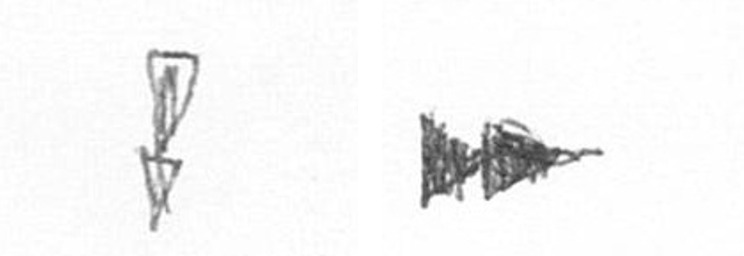
Z A